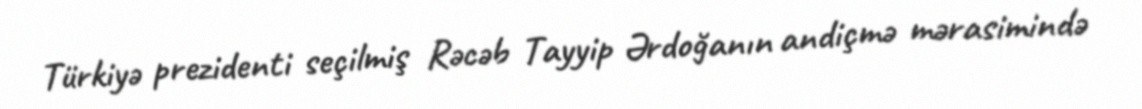
Türkiyə prezidenti seçilmiş Rəcəb Tayyip Ərdoğanın andiçmə mərasimində